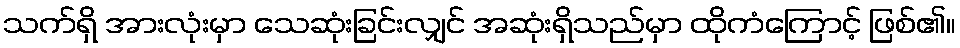
သက်ရှိ အားလုံးမှာ သေဆုံးခြင်းလျှင် အဆုံးရှိသည်မှာ ထိုကံကြောင့် ဖြစ်၏။